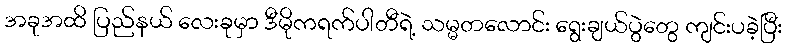
အခုအထိ ပြည်နယ် လေးခုမှာ ဒီမိုကရက်ပါတီရဲ့ သမ္မတလောင်း ရွေးချယ်ပွဲတွေ ကျင်းပခဲ့ပြီး